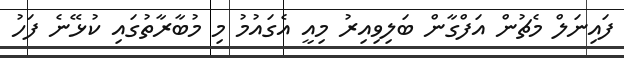
ފައިނަލް މެޗުން އަފްގާން ބަލިވިއިރު މިއީ އެގައުމު މި މުބާރާތުގައި ކުޅޭނެ ފަހު